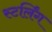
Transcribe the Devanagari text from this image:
स्टर्लिंग